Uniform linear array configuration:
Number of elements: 32
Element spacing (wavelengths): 0.25
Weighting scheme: hann
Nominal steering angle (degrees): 0
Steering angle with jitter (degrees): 0.575
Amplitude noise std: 0.05
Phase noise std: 0.05

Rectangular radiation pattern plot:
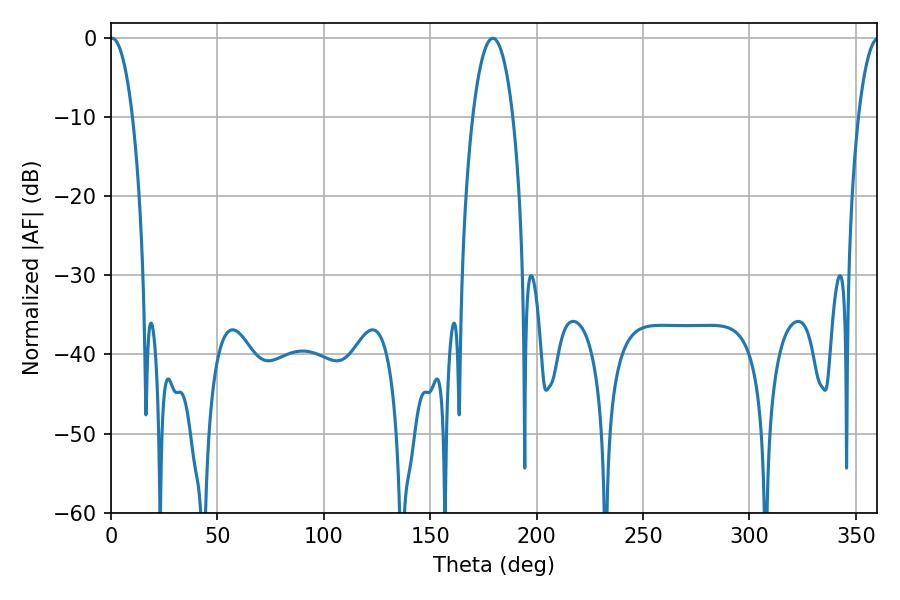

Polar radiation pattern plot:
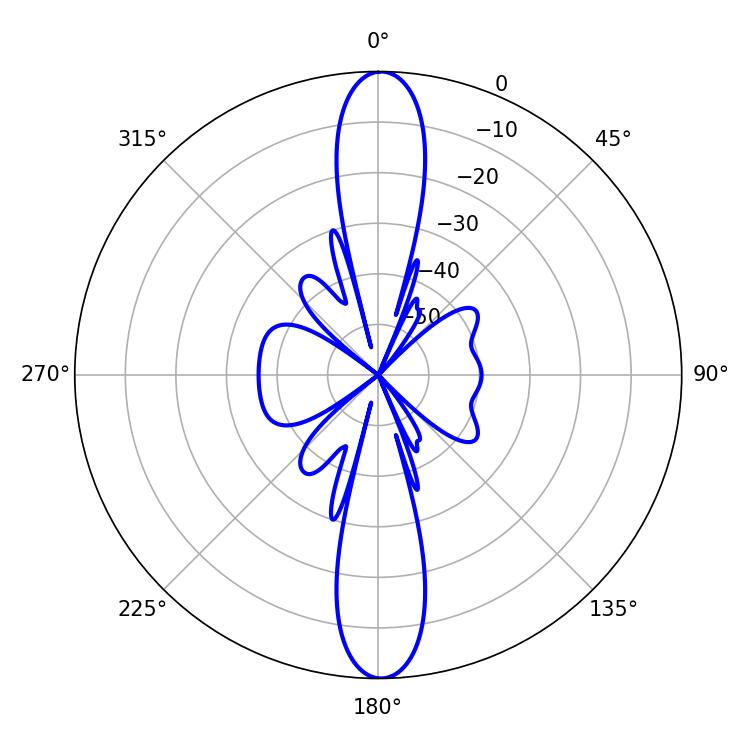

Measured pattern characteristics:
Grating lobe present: FALSE
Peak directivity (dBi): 26.956
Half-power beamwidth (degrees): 5.94
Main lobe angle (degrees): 0.54